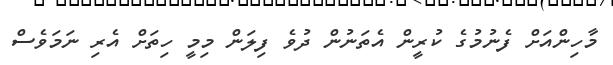
މާހިންއަށް ފެނުމުގެ ކުރީން އެތަނުން ދުވެ ފިލަން މިމީ ހިތަށް އެރި ނަމަވެސް